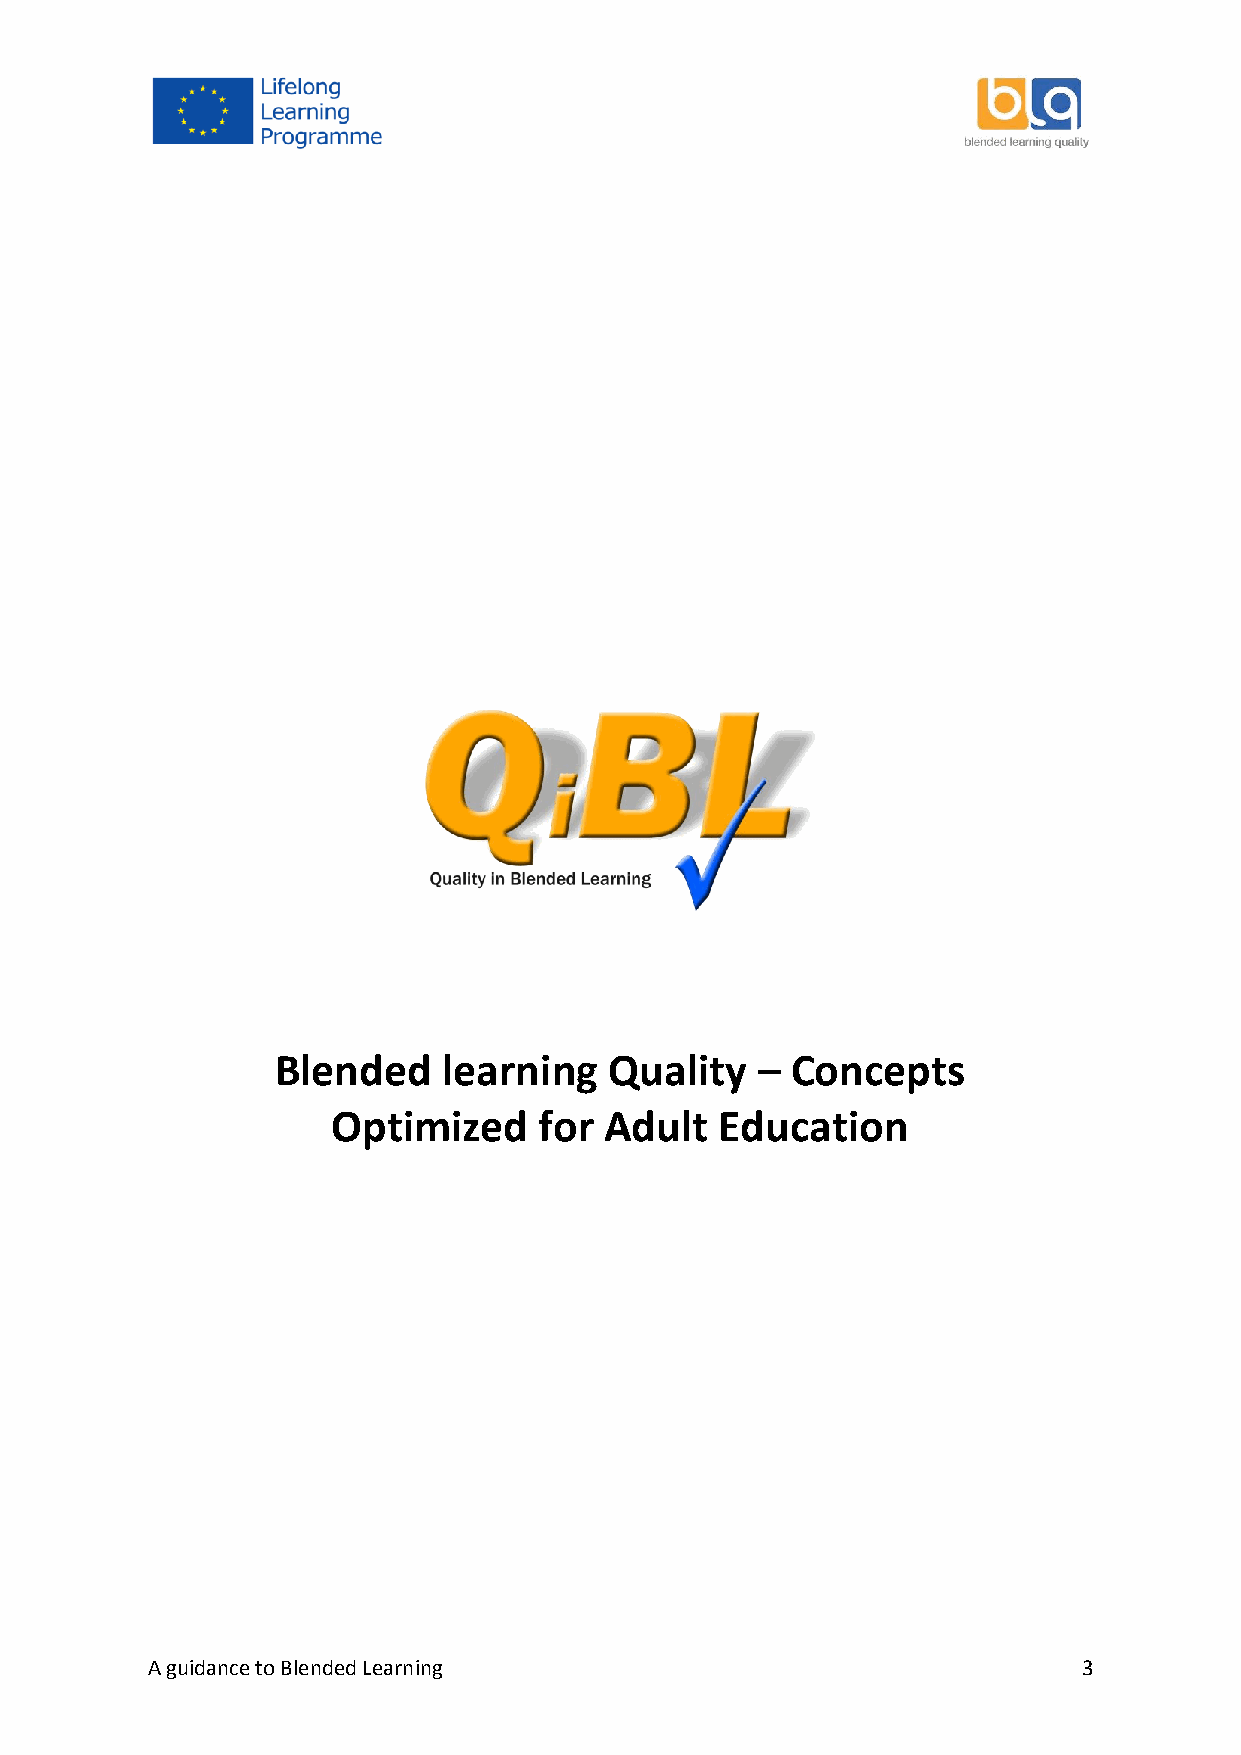
Blended    learning   Quality   – Concepts
 Optimized     for Adult   Education
 A guidance to Blended Learning                                3